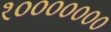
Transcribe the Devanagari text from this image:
१०००००००